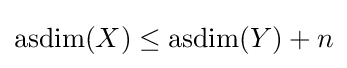
\operatorname {asdim} (X)\leq \operatorname {asdim} (Y)+n